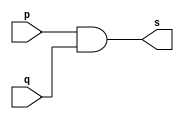
// ------------------------- 
// Exemplo0003 - AND 
// Nome: Debora Amaral Chaves 
// ------------------------- 
 
// ------------------------- 
// -- and gate 
// ------------------------- 
module andgate ( output s,  
                               input  p,  
                               input  q); 
 assign s = p & q; 
endmodule // andgate 
 
// --------------------- 
// -- test and gate 
// --------------------- 
module testandgate; 
// ------------------------- dados locais 
   reg   a, b; // definir registradores 
   wire  s;    // definir conexao (fio) 
// ------------------------- instancia 
   andgate AND1 (s, a, b); 
// ------------------------- preparacao 
   initial begin:start 
      a=0; b=0; 
   end 
  
// ------------------------- parte principal 
 
   initial begin 
      $display("Exemplo0003 - Debora Amaral Chaves - 437659"); 
      $display("Test AND gate"); 
      $display("\na & b = s\n"); 
      a=0; b=0; 
  #1  $display("%b & %b = %b", a, b, s); 
      a=0; b=1; 
  #1  $display("%b & %b = %b", a, b, s); 
      a=1; b=0; 
  #1  $display("%b & %b = %b", a, b, s); 
      a=1; b=1; 
  #1  $display("%b & %b = %b", a, b, s); 
 end 
 
endmodule // testandgate 
// Sadas
    // Test AND gate
    // 
    // a & b = s
    // 
    // 0 & 0 = 0
    // 0 & 1 = 0
    // 1 & 0 = 0
    // 1 & 1 = 1